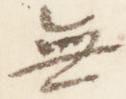
無